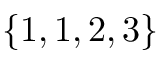
\{ 1 , 1 , 2 , 3 \}